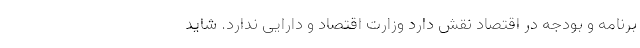
برنامه و بودجه در اقتصاد نقش دارد وزارت اقتصاد و دارایی ندارد. شاید